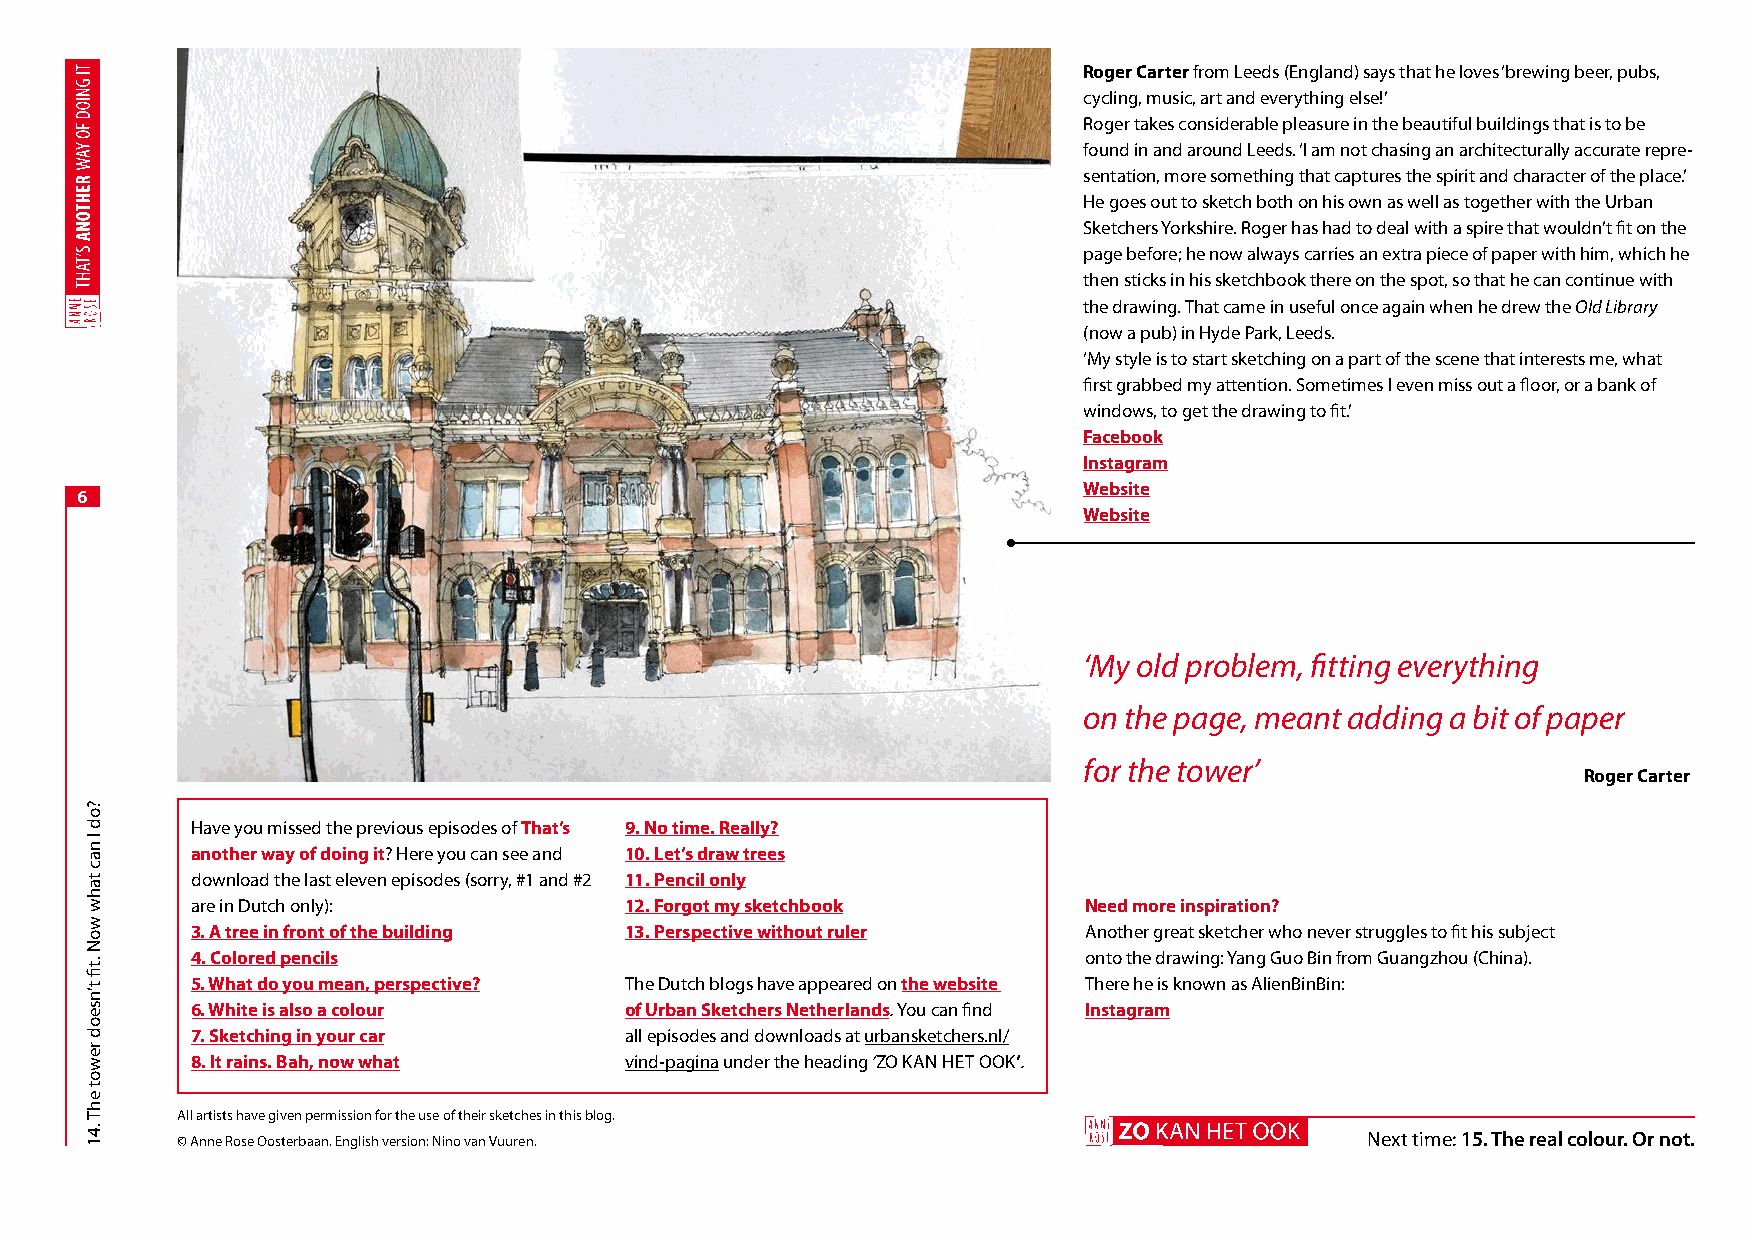
Roger Carter from Leeds (England) says that he loves ‘brewing beer, pubs,
 cycling, music, art and everything else!’
 Roger takes considerable pleasure in the beautiful buildings that is to be
 found in and around Leeds. ‘I am not chasing an architecturally accurate repre-
 sentation, more something that captures the spirit and character of the place.’
 He goes out to sketch both on his own as well as together with the Urban
 Sketchers Yorkshire. Roger has had to deal with a spire that wouldn’t fit on the
 page before; he now always carries an extra piece of paper with him, which he
 then sticks in his sketchbook there on the spot, so that he can continue with
 the drawing. That came in useful once again when he drew the Old Library
 (now a pub) in Hyde Park, Leeds.
 ‘My style is to start sketching on a part of the scene that interests me, what
 first grabbed my attention. Sometimes I even miss out a floor, or a bank of
 windows, to get the drawing to fit.’
 Facebook
 Instagram
 Website
 6
 Website
 ‘My old problem, fitting everything
 on the page, meant adding a bit of paper
 for the tower’
 Roger Carter
 Have you missed the previous episodes of That’s 9. No time. Really?
 another way of doing it? Here you can see and 10. Let’s draw trees
 download the last eleven episodes (sorry, #1 and #2 11. Pencil only
 are in Dutch only):         12. Forgot my sketchbook       Need more inspiration?
 3. A tree in front of the building 13. Perspective without ruler Another great sketcher who never struggles to fit his subject
 4. C olored pencils                                        onto the drawing: Yang Guo Bin from Guangzhou (China).
 5. What do you mean, perspective? The Dutch blogs have appeared on the website There he is known as AlienBinBin:
 6. White is also a colour   of Urban Sketchers Netherlands. You can find Instagram
 7. Sketching in your car    all episodes and downloads at urbansketchers.nl/
 8. It rains. Bah, now what  vind-pagina under the heading ‘ZO KAN HET OOK’.
 All artists have given permission for the use of their sketches in this blog.
 © Anne Rose Oosterbaan. English version: Nino van Vuuren.                      Next time: 15. The real colour. Or not.
 ?od
 I
 nac
 tahw
 woN
 .tfi
 t’nseod
 rewot
 ehT
 .41